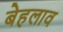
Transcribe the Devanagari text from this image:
बेहलाव